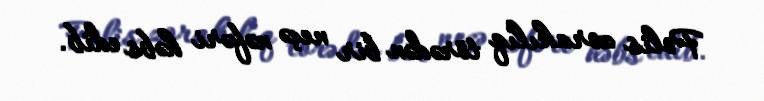
Polis zorakılıq törədən bir neçə nəfəri həbs edib.